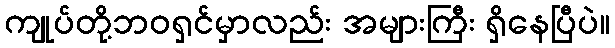
ကျုပ်တို့ဘဝရှင်မှာလည်း အများကြီး ရှိနေပြီပဲ။